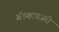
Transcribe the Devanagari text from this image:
ॲडव्हायजरी